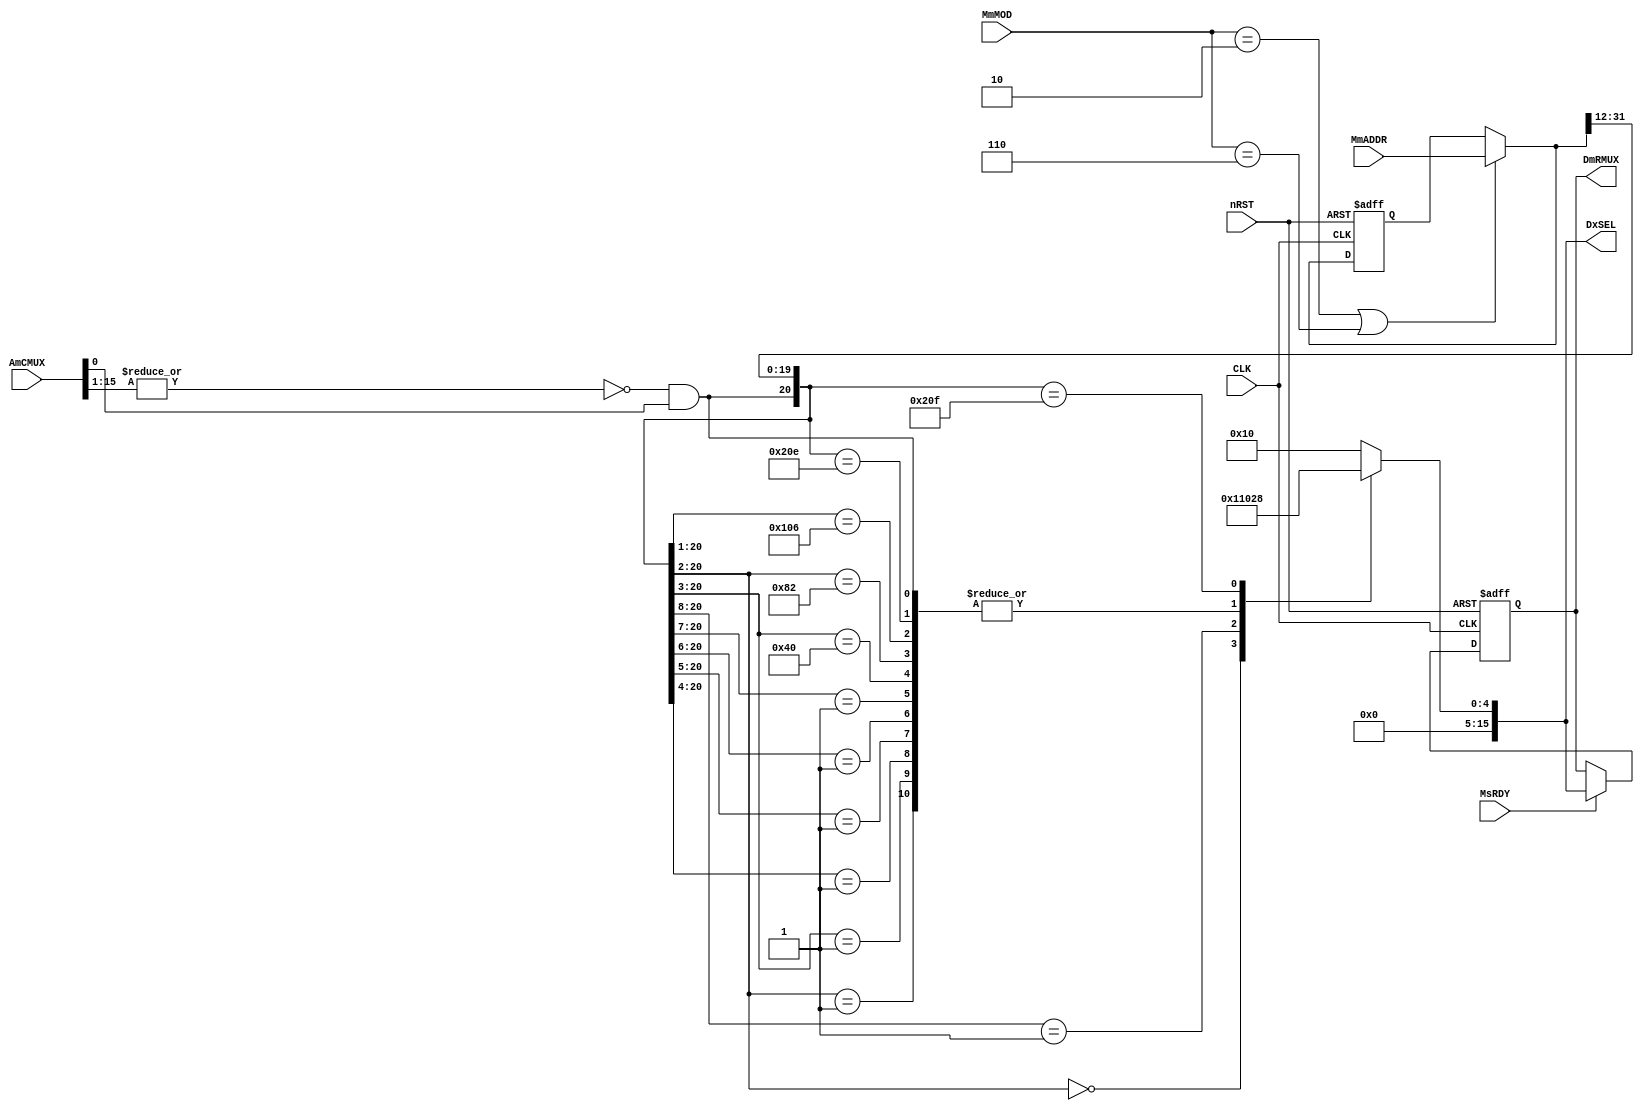
/****************************************************************************
*                                                                           *
*                               Decoder                                     *
*                                                                           *
****************************************************************************/


module DCD	
(
	input	wire			CLK,
	input 	wire			nRST,
	input 	wire	[31:0]	MmADDR,
	input	wire	[2:0]	MmMOD,
	input	wire	[15:0]	AmCMUX,
	input	wire			MsRDY,
	output	reg		[15:0]	DxSEL,
	output	reg		[15:0]	DmRMUX
);
	localparam	IDLE 	= 3'b000;
	localparam	BUSY 	= 3'b001;
	localparam	LDADDR 	= 3'b010;
	localparam	SEQADDR = 3'b011;
	localparam	LDWRPADDR = 3'b110;
	localparam	WRPADDR = 3'b111;

	wire		 	DFT_MST;		//Default Master

	reg 	[31:0] 	L_MmADDR;
	wire	[31:0] 	FINAL_MmADDR;	
	
	// DFT_MST Detect
	//		DFT_MST is SELECTED when AmCMUX == 1	(No Master Request)
	assign		DFT_MST = (~(|AmCMUX[15:1]))&AmCMUX[0];

	// MmADDR is L when MmMOD == LDADDR
	always@(posedge CLK or negedge nRST)
	begin
		if(~nRST)
		begin
			L_MmADDR <= 32'h0000_0000;
		end
		else
		begin
			if((MmMOD==LDADDR)|(MmMOD==LDWRPADDR))
			begin
				L_MmADDR <= MmADDR;
			end
		end
	end

	// Mux for Determining MmADDR 
	// MmMOD==LDADDR/LDWRPADDR :  Transfer the MmADDR to Slave	
	//    Otherwise  :  Transfer the L MmADDR
	assign FINAL_MmADDR = ((MmMOD==LDADDR)|(MmMOD==LDWRPADDR))? MmADDR : L_MmADDR;

		
	// Address Decoding Map
		// SLV 1 : 0x0000_0000 ~ 0x0000_3FFF : On-Chip SRAM (16K)
		// SLV 2 : 0x0010_0000 ~ 0x001F_FFFF : Core-B to APB Bridge
		// SLV 3 : 0x0020_F000 ~ 0x0020_FFFF : Timer
		// SLV 4 : 0x0021_0000 ~ 0xFFFF_FFFF : Ext. I/F
	always@*
	begin
		casex({DFT_MST, FINAL_MmADDR[31:16], FINAL_MmADDR[15:12]})
		// DFT_SLV (DFT_MST Case) 
		{1'b1,16'bxxxx_xxxx_xxxx_xxxx, 4'bxxxx} :	DxSEL <= 16'h0001;

		// SLV 1 : 0x0000_0000 ~ 0x0000_3FFF : On-Chip SRAM
		{1'b0,16'b0000_0000_0000_0000, 4'b00xx} :	DxSEL <= 16'h0002;

		//         0x0000_4000 ~ 0x0000_7FFF : DFT_SLV 
		{1'b0,16'b0000_0000_0000_0000, 4'b01xx} :	DxSEL <= 16'h0001;

		//         0x0000_8000 ~ 0x0000_FFFF : DFT_SLV 
		{1'b0,16'b0000_0000_0000_0000, 4'b1xxx} :	DxSEL <= 16'h0001;

		//         0x0001_0000 ~ 0x0001_FFFF : DFT_SLV 
		{1'b0,16'b0000_0000_0000_0001, 4'bxxxx} :	DxSEL <= 16'h0001;

		//         0x0002_0000 ~ 0x0003_FFFF : DFT_SLV 
		{1'b0,16'b0000_0000_0000_001x, 4'bxxxx} :	DxSEL <= 16'h0001;

		//         0x0004_0000 ~ 0x0007_FFFF : DFT_SLV 
		{1'b0,16'b0000_0000_0000_01xx, 4'bxxxx} :	DxSEL <= 16'h0001;

		//         0x0008_0000 ~ 0x000F_FFFF : DFT_SLV 
		{1'b0,16'b0000_0000_0000_1xxx, 4'bxxxx} :	DxSEL <= 16'h0001;

		// SLV 2 : 0x0010_0000 ~ 0x001F_FFFF : Core-B to APB Bridge
		{1'b0,16'b0000_0000_0001_xxxx, 4'bxxxx} :	DxSEL <= 16'h0004;

		//         0x0020_0000 ~ 0x0020_7FFF : DFT_SLV
		{1'b0,16'b0000_0000_0010_0000, 4'b0xxx} :	DxSEL <= 16'h0001;

		//         0x0020_8000 ~ 0x0020_BFFF : DFT_SLV
		{1'b0,16'b0000_0000_0010_0000, 4'b10xx} :	DxSEL <= 16'h0001;

		//         0x0020_C000 ~ 0x0020_DFFF : DFT_SLV
		{1'b0,16'b0000_0000_0010_0000, 4'b110x} :	DxSEL <= 16'h0001;

		//         0x0020_E000 ~ 0x0020_EFFF : DFT_SLV
		{1'b0,16'b0000_0000_0010_0000, 4'b1110} :	DxSEL <= 16'h0001;

		// SLV 5 : 0x0020_F000 ~ 0x0020_FFFF : Timer 
		{1'b0,16'b0000_0000_0010_0000, 4'b1111} :	DxSEL <= 16'h0008;

		// SLV 6 : 0x0021_0000 ~ 0xFFFF_FFFF : EXT_INTF
		default :	DxSEL <= 16'h0010;
		endcase
	end

	always@(posedge CLK or negedge nRST)
	begin
		if(~nRST)
		begin
			DmRMUX <= 16'h0001;	//During Reset, Select DFT_SLV
		end
		else
		begin
			if(MsRDY==1'b1)
			begin
				DmRMUX <= DxSEL;
			end
		end
	end	

endmodule